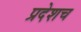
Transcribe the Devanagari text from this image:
प्रदेशच